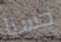
حسنا